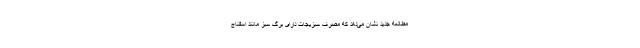
مطالعه جدید نشان می‌دهد که مصرف سبزیجات دارای برگ سبز مانند اسفناج